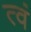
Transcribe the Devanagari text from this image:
त्वं